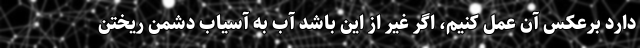
دارد برعکس آن عمل کنیم، اگر غیر از این باشد آب به آسیاب دشمن ریختن